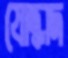
যোদ্ধাদ